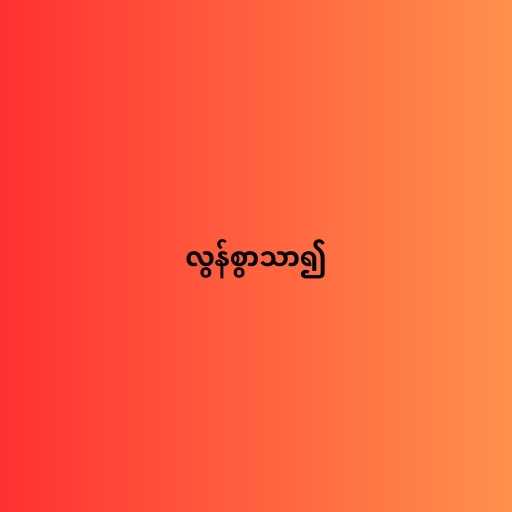
လွန်စွာသာ၍